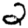
Digit: 2